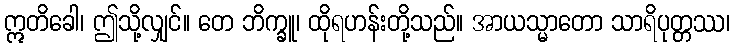
ဣတိခေါ၊ ဤသို့လျှင်။ တေ ဘိက္ခူ၊ ထိုရဟန်းတို့သည်။ အာယသ္မာတော သာရိပုတ္တဿ၊